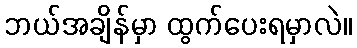
ဘယ်အချိန်မှာ ထွက်ပေးရမှာလဲ။